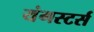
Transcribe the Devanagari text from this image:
यंगस्टर्स